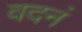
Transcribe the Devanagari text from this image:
वदनं